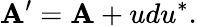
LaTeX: \mathbf{A}^{\prime}=\mathbf{A}+udu^{*}.